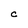
Character: C